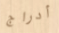
أدراج